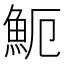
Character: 𩵡